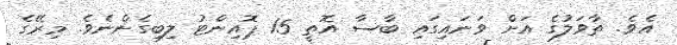
އެވެ. ތާވަލުގެ އަށް ވަނައިގައި ބާސާ އޮތީ 15 ޕޮއިންޓު ލިބިގެންނެވެ. މިރޭގެ